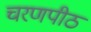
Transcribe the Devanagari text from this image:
चरणपीठ